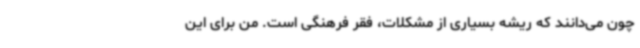
چون می‌دانند که ریشه بسیاری از مشکلات، فقر فرهنگی است. من برای این